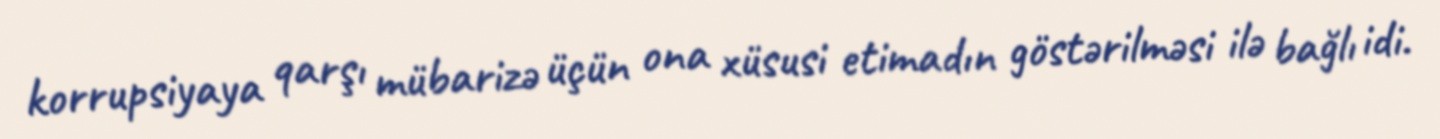
korrupsiyaya qarşı mübarizə üçün ona xüsusi etimadın göstərilməsi ilə bağlı idi.